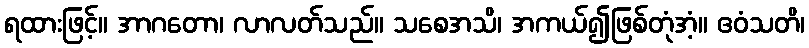
ရထားဖြင့်။ အာဂတော၊ လာလတ်သည်။ သစေအသိ၊ အကယ်၍ဖြစ်တုံအံ့။ ဧဝံသတိ၊